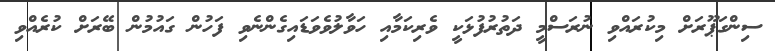
ސިންގަޕޫރަށް މިކުރައްވި ނުރަސްމީ ދަތުރުފުޅަކީ ވެރިކަމާއި ހަވާލުވެވަޑައިގެންނެވި ފަހުން ގައުމުން ބޭރަށް ކުރެއްވި